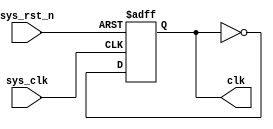
`timescale 1ns / 1ps
//////////////////////////////////////////////////////////////////////////////////
// Company: 
// Engineer: 
// 
// Design Name: 
// Module Name: sys_clk
// Project Name: 
// Target Devices: 
// Tool Versions: 
// Description: 
// 
// Dependencies: 
// 
// Revision:
// Revision 0.01 - File Created
// Additional Comments:
// 
//////////////////////////////////////////////////////////////////////////////////


module sys_clk(
//
    input           sys_clk  ,      //
    input           sys_rst_n,      //  
    output reg      clk
    );
    
    reg [5:0] cnt;
always@(posedge sys_clk or negedge sys_rst_n)
begin
    if(!sys_rst_n)begin
        cnt <= 0;
        clk <= 0;
    end
//    else if(cnt == 1)begin
    else begin
            clk <= ~clk;
            cnt <= 0;
    end
//    else begin
//            cnt <= cnt + 1;
//    end
end
endmodule